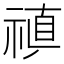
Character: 𥛄